Lunatic asylums United Provinces 1909-1921 - 1909-1921
Year: 1909
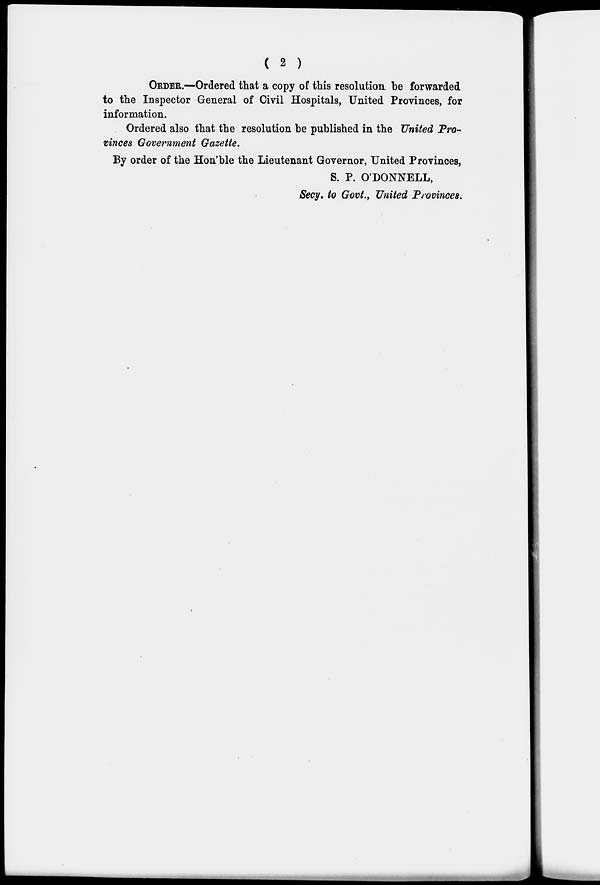
( 2 )
ORDER.—Ordered that a copy of this resolution be forwarded
to the Inspector General of Civil Hospitals, United Provinces, for
information.
Ordered also that the resolution be published in the United Pro-
vinces Government Gazette.
By order of the Hon'ble the Lieutenant Governor, United Provinces,
S. P. O'DONNELL,
Secy. to Govt., United Provinces.